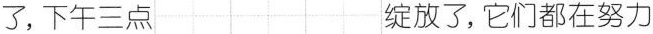
了，下午三点 绽放了，它们都在努力